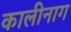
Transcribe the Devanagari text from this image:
कालीनाग